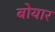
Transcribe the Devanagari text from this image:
बोयार